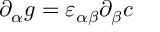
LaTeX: \partial _ { \alpha } g = \varepsilon _ { \alpha \beta } \partial _ { \beta } c